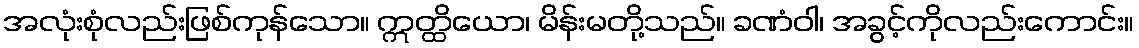
အလုံးစုံလည်းဖြစ်ကုန်သော။ ဣတ္ထိယော၊ မိန်းမတို့သည်။ ခဏံဝါ၊ အခွင့်ကိုလည်းကောင်း။